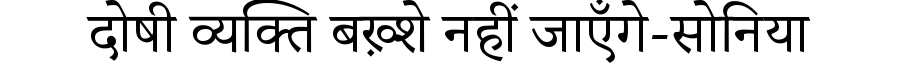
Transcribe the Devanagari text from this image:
दोषी व्यक्ति बख़्शे नहीं जाएँगे-सोनिया